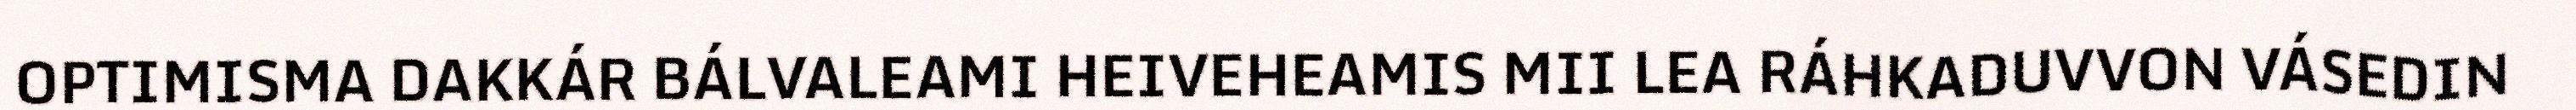
OPTIMISMA DAKKÁR BÁLVALEAMI HEIVEHEAMIS MII LEA RÁHKADUVVON VÁSEDIN